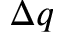
\Delta q